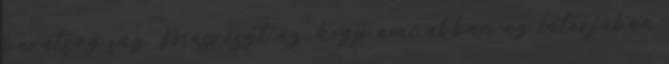
barátság fűz. Másrészt az, hogy ami abban az interjúban